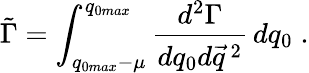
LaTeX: \tilde{\Gamma}=\int_{q_{0max}-\mu}^{q_{0max}}\frac{d^{2}\Gamma}{dq_{0}d\vec{q}\, ^{2}}\, dq_{0}\; .